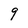
Character: 9